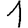
Digit: 1